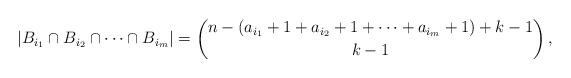
LaTeX: \begin{align*}\arrowvert B_{i_1} \cap B_{i_2} \cap \dots \cap B_{i_m}\arrowvert &= \binom{ n- (a_{i_{1}} +1 + a_{i_{2}} + 1 +\dots + a_{i_{m}}+1) + k - 1 }{ k-1 } \,,\end{align*}